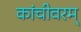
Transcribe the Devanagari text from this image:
कांचीवरम्